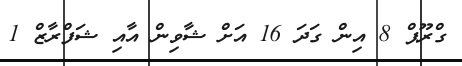
ގްރޫޕް 8 އިން ގަދަ 16 އަށް ޝާވިން އާއި ޝަފްރާޒް 1